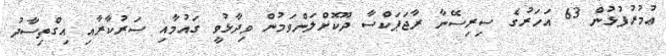
ޢުމުރުފުޅުން 63 އަހަރުގެ ސިރިސޭނާ ރާޖަޕަކްސާ ދޫކޮށްލަންވަމުން ވިދާޅުވީ ގައުމާއި ސަރުކާރާއި އިގްތިސާދު